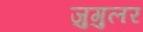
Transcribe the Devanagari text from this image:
जुगुलर